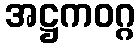
အဋ္ဌကဝဂ္ဂ